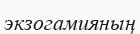
экзогамияның